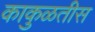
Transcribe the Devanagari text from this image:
काकुळतीस